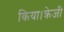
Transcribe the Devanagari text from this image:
किया।क्रेजी